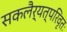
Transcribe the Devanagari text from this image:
सकलैर्यत्परिवृतः